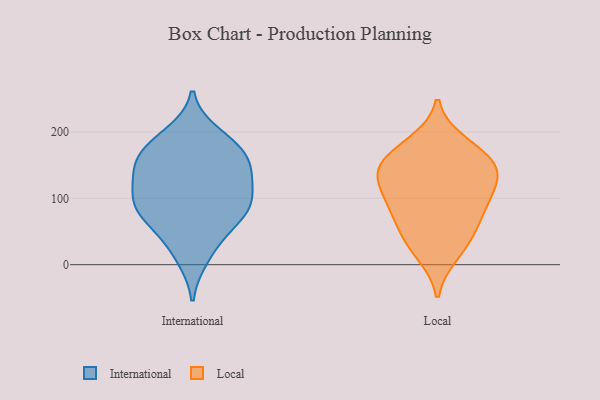
{"axis": {"x": "Energy Usage (MWh)", "y": "Value"}, "legend": ["International", "Local"], "data": [{"x": "", "y": 37, "type": "International"}, {"x": "", "y": 93, "type": "International"}, {"x": "", "y": 137, "type": "International"}, {"x": "", "y": 120, "type": "International"}, {"x": "", "y": 148, "type": "International"}, {"x": "", "y": 133, "type": "International"}, {"x": "", "y": 77, "type": "International"}, {"x": "", "y": 174, "type": "International"}, {"x": "", "y": 167, "type": "International"}, {"x": "", "y": 12, "type": "International"}, {"x": "", "y": 175, "type": "International"}, {"x": "", "y": 85, "type": "International"}, {"x": "", "y": 76, "type": "International"}, {"x": "", "y": 87, "type": "International"}, {"x": "", "y": 195, "type": "International"}, {"x": "", "y": 65, "type": "Local"}, {"x": "", "y": 145, "type": "Local"}, {"x": "", "y": 30, "type": "Local"}, {"x": "", "y": 90, "type": "Local"}, {"x": "", "y": 129, "type": "Local"}, {"x": "", "y": 139, "type": "Local"}, {"x": "", "y": 183, "type": "Local"}, {"x": "", "y": 140, "type": "Local"}, {"x": "", "y": 104, "type": "Local"}, {"x": "", "y": 55, "type": "Local"}, {"x": "", "y": 172, "type": "Local"}, {"x": "", "y": 94, "type": "Local"}, {"x": "", "y": 156, "type": "Local"}, {"x": "", "y": 17, "type": "Local"}]}